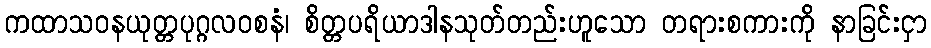
ကထာသဝနယုတ္တပုဂ္ဂလဝစနံ၊ စိတ္တပရိယာဒါနသုတ်တည်းဟူသော တရားစကားကို နာခြင်းငှာ